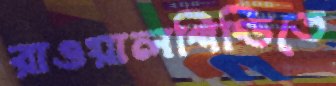
রাওয়ালপিণ্ডিতে